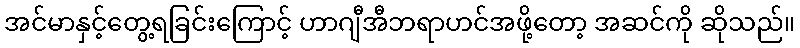
အင်မာနှင့်တွေ့ရခြင်းကြောင့် ဟာဂျီအီဘရာဟင်အဖို့တော့ အဆင်ကို ဆိုသည်။